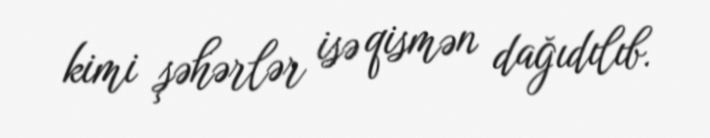
kimi şəhərlər isə qismən dağıdılıb.